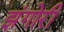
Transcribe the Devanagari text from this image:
झंगोरी